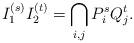
LaTeX: \begin{align*} I_1^{(s)} I_2^{(t)} = \bigcap\limits_{i,j} P_i^s Q_j^t.\end{align*}